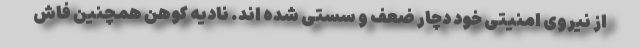
از نیروی امنیتی خود دچار ضعف و سستی شده اند. نادیه کوهن همچنین فاش